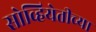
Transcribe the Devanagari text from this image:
सोव्हियेतीच्या